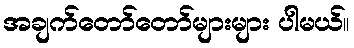
အချက်တော်တော်များများ ပါမယ်။